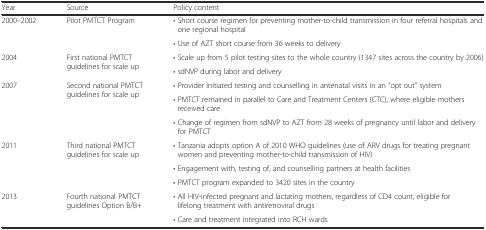
| Year | Source | Policy content |
 | --- | --- | --- |
 | <ROWSPAN=2> 2000–2002 | <ROWSPAN=2> Pilot PMTCT Program | • Short course regimen for preventing mother-to-child transmission in four referral hospitals and one regional hospital |
 | • Use of AZT short course from 36 weeks to delivery |
 | <ROWSPAN=2> 2004 | <ROWSPAN=2> First national PMTCT guidelines for scale up | • Scale up from 5 pilot testing sites to the whole country (1347 sites across the country by 2006) |
 | • sdNVP during labor and delivery |
 | <ROWSPAN=3> 2007 | <ROWSPAN=3> Second national PMTCT guidelines for scale up | • Provider initiated testing and counselling in antenatal visits in an “opt out” system |
 | • PMTCT remained in parallel to Care and Treatment Centers (CTC), where eligible mothers received care |
 | • Change of regimen from sdNVP to AZT from 28 weeks of pregnancy until labor and delivery for PMTCT |
 | <ROWSPAN=3> 2011 | <ROWSPAN=3> Third national PMTCT guidelines for scale up | • Tanzania adopts option A of 2010 WHO guidelines (use of ARV drugs for treating pregnant women and preventing mother-to-child transmission of HIV) |
 | • Engagement with, testing of, and counselling partners at health facilities |
 | • PMTCT program expanded to 3420 sites in the country |
 | <ROWSPAN=2> 2013 | <ROWSPAN=2> Fourth national PMTCT guidelines Option B/B+ | • All HIV-infected pregnant and lactating mothers, regardless of CD4 count, eligible for lifelong treatment with antiretroviral drugs |
 | • Care and treatment integrated into RCH wards |